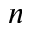
n